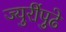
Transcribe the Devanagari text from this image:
ज्युरींपुढे